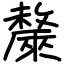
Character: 斄